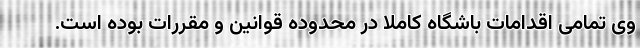
وی تمامی اقدامات باشگاه کاملا در محدوده قوانین و مقررات بوده است.